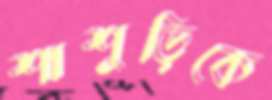
শাশুড়িকে